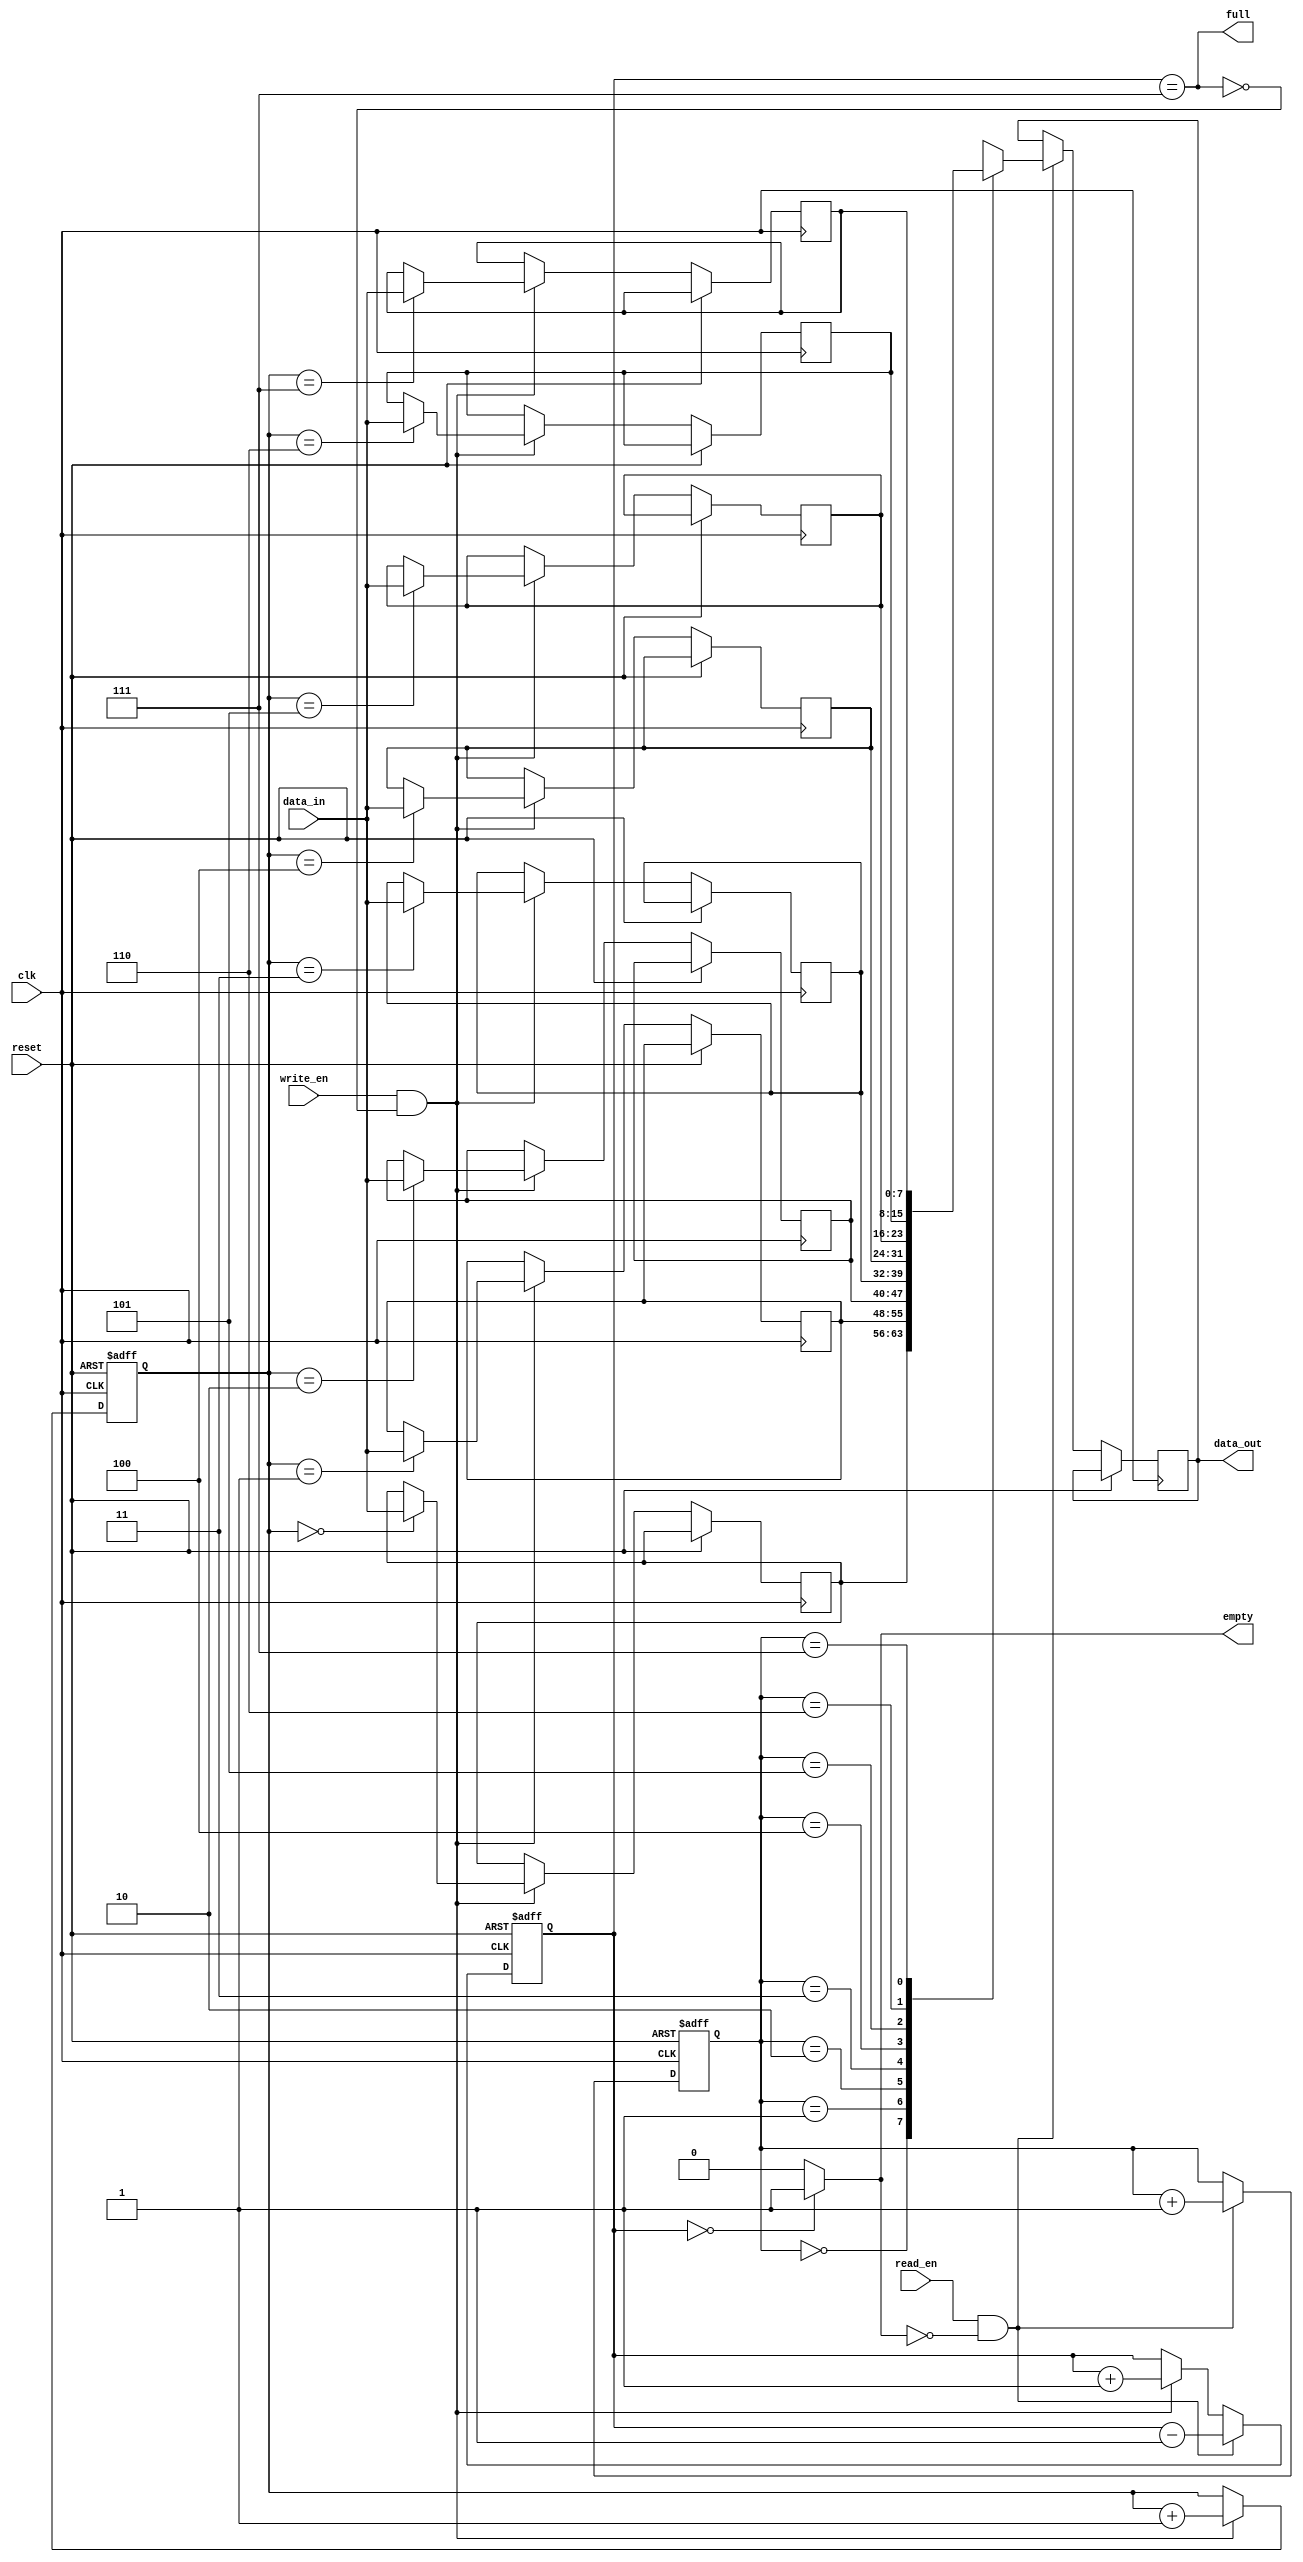
`timescale 1ns / 1ps
//////////////////////////////////////////////////////////////////////////////////
// Company: 
// Module Name: Synch_FIFO
//////////////////////////////////////////////////////////////////////////////////

module FIFO_8x8 (
  input clk,
  input reset,
  input write_en,
  input read_en,
  input [7:0] data_in,
  output reg [7:0] data_out=8'd0,
  output  empty,
  output  full
);

  reg [7:0] memory [0:7];
  reg [2:0] write_ptr,read_ptr,count;
   
  always @(posedge clk or posedge reset) begin
    if (reset) begin
      write_ptr <= 3'b0;
      read_ptr <= 3'b0;
      count <= 3'b0;
    end
    else begin
      if (write_en && !full) begin
        memory[write_ptr] <= data_in;
        write_ptr <= write_ptr + 1;
        count <= count + 1;
      end
      if (read_en && !empty) begin
        data_out <= memory[read_ptr];
        read_ptr <= read_ptr + 1;
        count <= count - 1;
      end
    end
  end

  assign empty = (count == 3'b0)?1:0;
  assign full = (count == 3'd7);

endmodule